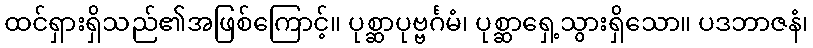
ထင်ရှားရှိသည်၏အဖြစ်ကြောင့်။ ပုစ္ဆာပုဗ္ဗင်္ဂမံ၊ ပုစ္ဆာရှေ့သွားရှိသော။ ပဒဘာဇနံ၊